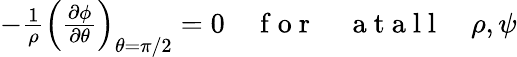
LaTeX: \begin{array}{r}{-\frac{1}{\rho}\left(\frac{\partial\phi}{\partial\theta}\right)_{\theta=\pi/2}=0\quad\mathrm{~f~o~r~}\quad\mathrm{~a~t~a~l~l~}\quad\rho,\psi}\end{array}